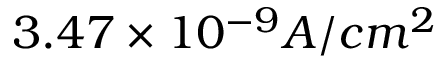
3 . 4 7 \times 1 0 ^ { - 9 } A / c m ^ { 2 }